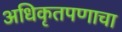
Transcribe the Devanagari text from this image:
अधिकृतपणाचा